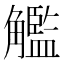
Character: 𧥈